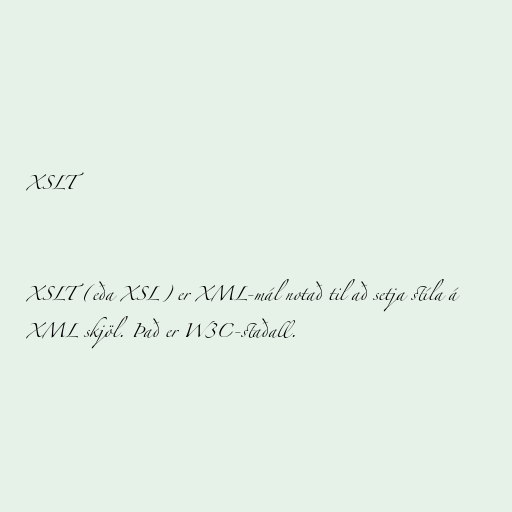
XSLT

XSLT (eða XSL) er XML-mál notað til að setja stíla á
XML skjöl. Það er W3C-staðall.